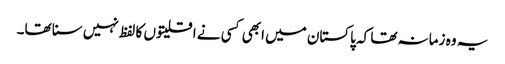
یہ وہ زمانہ تھا کہ پاکستان میں ابھی کسی نے اقلیتوں کا لفظ نہیں سنا تھا۔